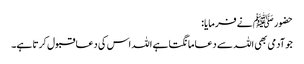
حضور ﷺ نے فرمایا:
جو آدمی بھی اللہ سے دعا مانگتا ہے اللہ اس کی دعا قبول کرتا ہے۔